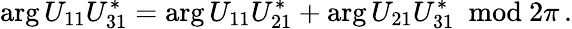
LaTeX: \arg U_{11}U_{31}^{*}=\arg U_{11}U_{21}^{*}+\arg U_{21}U_{31}^{*}~~\mathrm{mod}~2\pi\, .